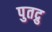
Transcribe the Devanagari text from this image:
पुतद्रु